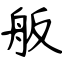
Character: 舨